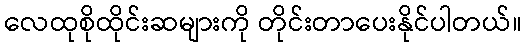
လေထုစိုထိုင်းဆများကို တိုင်းတာပေးနိုင်ပါတယ်။